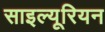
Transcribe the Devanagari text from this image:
साइल्यूरियन